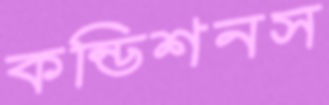
কন্ডিশনস